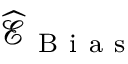
\widehat { \mathcal { E } } _ { \mathrm { ~ B ~ i ~ a ~ s ~ } }